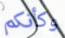
وكأنكم